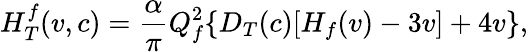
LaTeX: H_{T}^{f}(v,c)=\frac{\alpha}{\pi}Q_{f}^{2}\{ D_{T}(c)[H_{f}(v)-3v]+4v\} ,